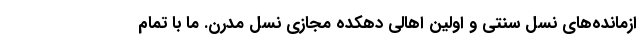
ازمانده‌های نسل سنتی و اولین اهالی دهکده مجازی نسل مدرن. ما با تمام